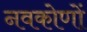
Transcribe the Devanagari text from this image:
नवकोणों